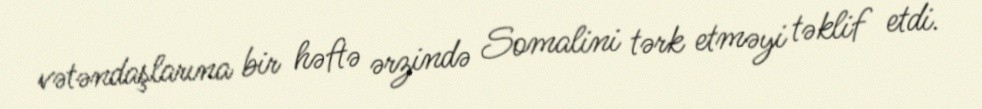
vətəndaşlarına bir həftə ərzində Somalini tərk etməyi təklif etdi.